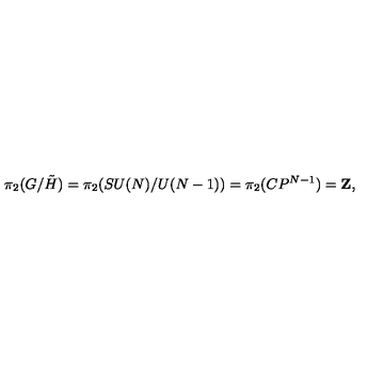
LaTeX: \pi _ { 2 } ( G / \tilde { H } ) = \pi _ { 2 } ( S U ( N ) / U ( N - 1 ) ) = \pi _ { 2 } ( C P ^ { N - 1 } ) = { \bf Z } ,